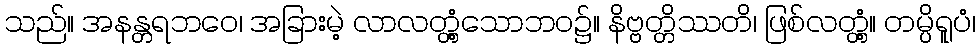
သည်။ အနန္တရဘဝေ၊ အခြားမဲ့ လာလတ္တံ့သောဘဝ၌။ နိဗ္ဗတ္တိဿတိ၊ ဖြစ်လတ္တံ့။ တမ္ပိရူပံ၊